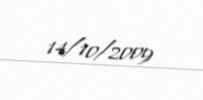
14/10/2009